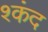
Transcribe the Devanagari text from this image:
श्कंद